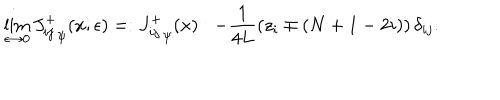
LaTeX: \lim _ { \epsilon \rightarrow 0 } { J _ { i j } ^ { + } } _ { \psi } ( x ; \epsilon ) = : { J _ { i j } ^ { + } } _ { \psi } ( x ) : - \frac { 1 } { 4 L } \left( z _ { i } \mp ( N + 1 - 2 i ) \right) \delta _ { i j } .